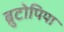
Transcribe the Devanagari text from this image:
ब्रुटोपिया